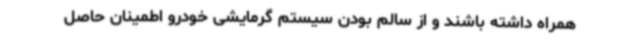
همراه داشته باشند و از سالم بودن سیستم گرمایشی خودرو اطمینان حاصل